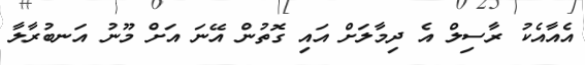
އެއާއެކު ރާސިލް އެ ދިމާލަށް އައި ގޮތުން އޭނަ އަށް މޫނު އަނބުރާލާ